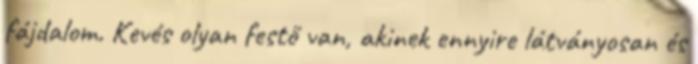
fájdalom. Kevés olyan festő van, akinek ennyire látványosan és